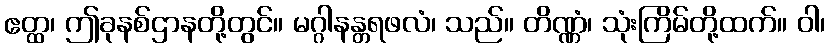
ဧတ္ထ၊ ဤခုနစ်ဌာနတို့တွင်။ မဂ္ဂါနန္တရဖလံ၊ သည်။ တိဏ္ဏံ၊ သုံးကြိမ်တို့ထက်။ ဝါ၊